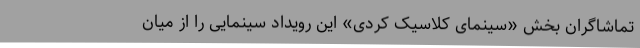
تماشاگران بخش «سینمای کلاسیک کُردی» این رویداد سینمایی را از میان